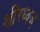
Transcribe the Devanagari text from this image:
शीरध्वज